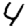
Digit: 4